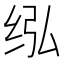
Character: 𰬋